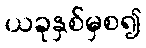
ယခုနှစ်မှစ၍